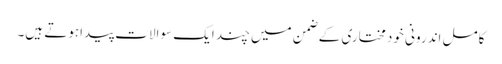
کامل اندرونی خود مختاری کے ضمن میں چند ایک سوالات پیداہوتے ہیں۔